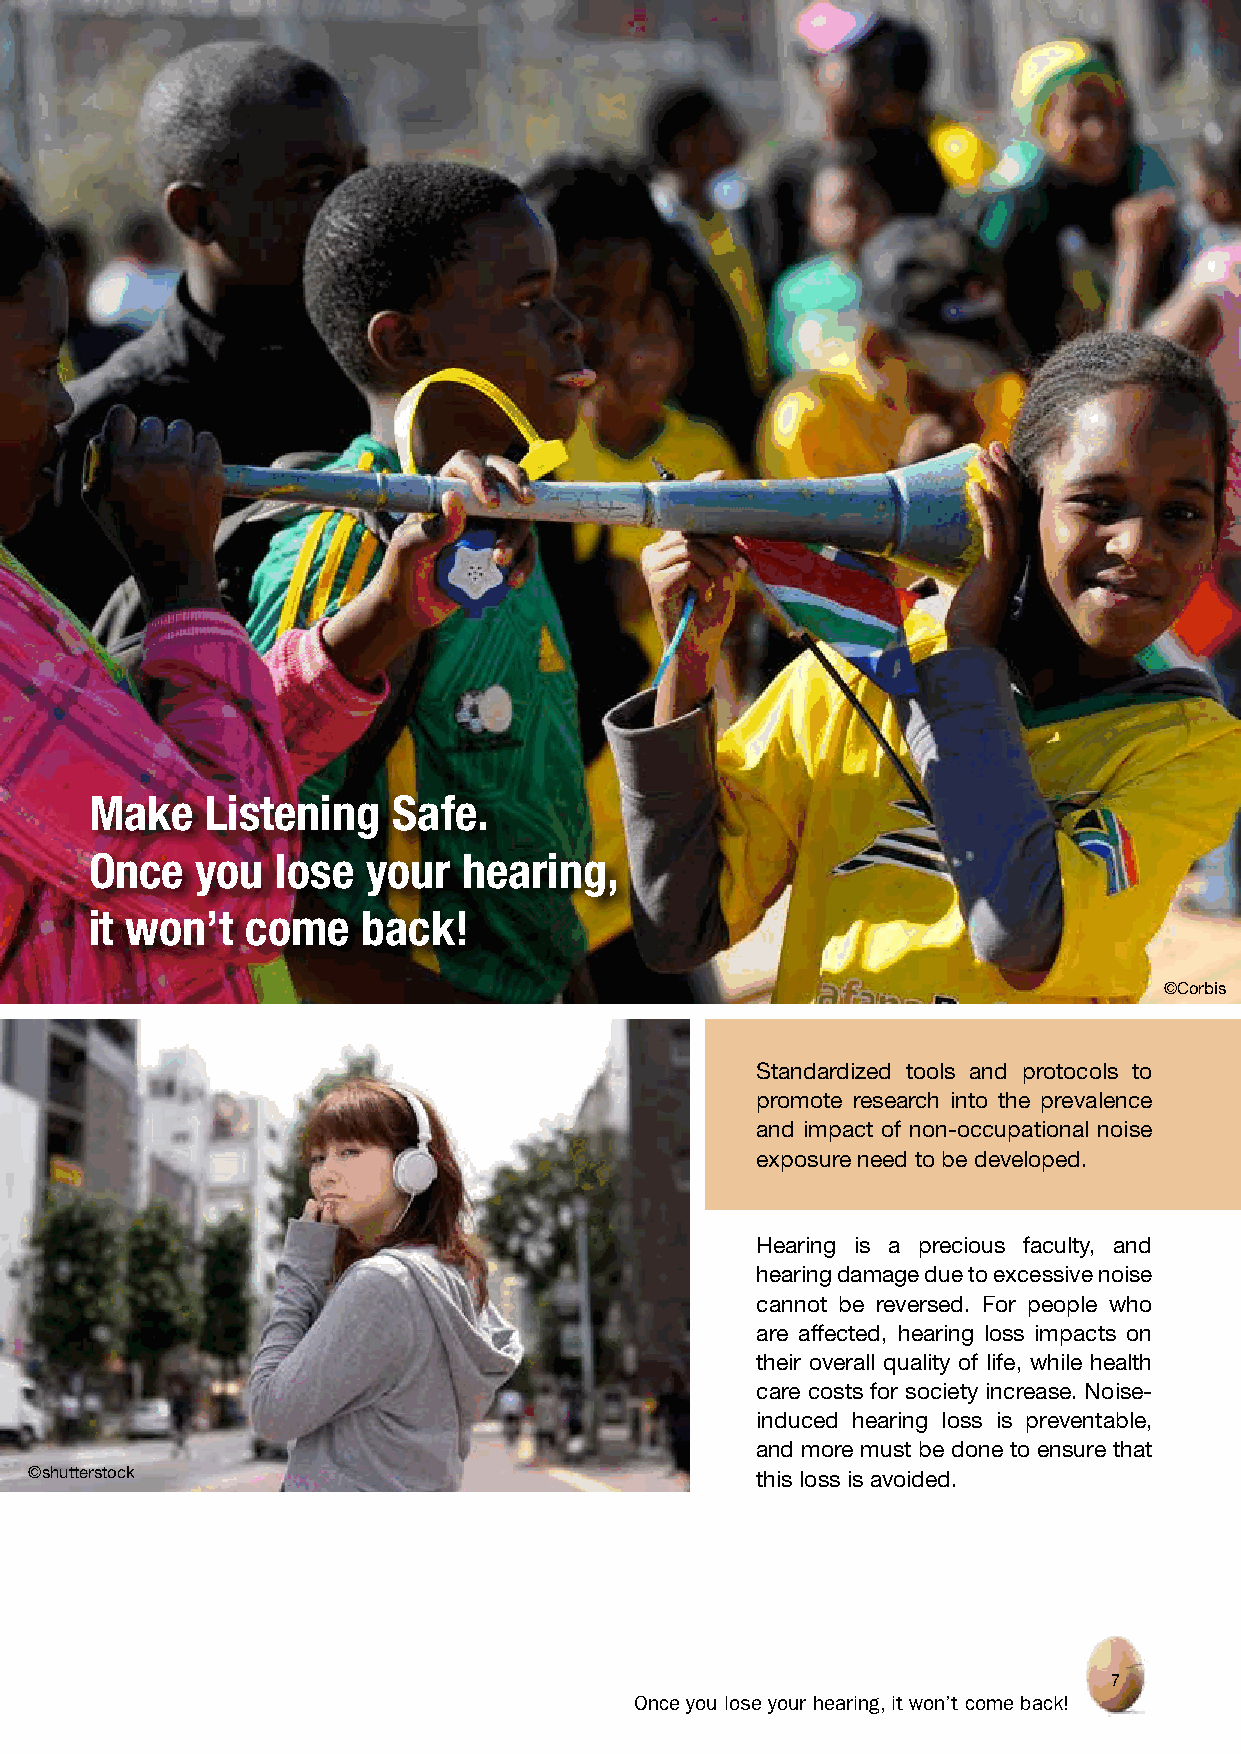
Make    Listening   Safe.
 Once   you  lose  your   hearing,
 it won’t  come    back!
 ©Corbis
 Standardized tools and protocols to
 promote research into the prevalence
 and impact of non-occupational noise
 exposure need to be developed.
 Hearing is a precious faculty, and
 hearing damage due to excessive noise
 cannot be reversed. For people who
 are affected, hearing loss impacts on
 their overall quality of life, while health
 care costs for society increase. Noise-
 induced hearing loss is preventable,
 and more must be done to ensure that
 ©shutterstock                                   this loss is avoided.
 7
 Once you lose your hearing, it won’t come back!